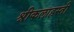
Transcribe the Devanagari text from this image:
श्रीकलाहस्ती